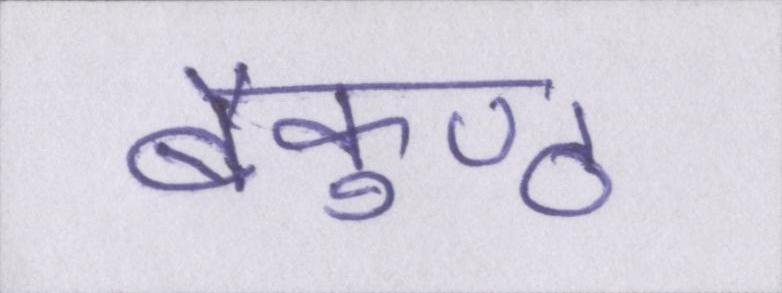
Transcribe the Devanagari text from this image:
बैकुण्ठ